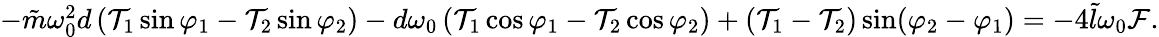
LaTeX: \begin{array}{r}{-\tilde{m}\omega_{0}^{2}d\left(\mathcal{T}_{1}\sin\varphi_{1}-\mathcal{T}_{2}\sin\varphi_{2}\right)-d\omega_{0}\left(\mathcal{T}_{1}\cos\varphi_{1}-\mathcal{T}_{2}\cos\varphi_{2}\right)+(\mathcal{T}_{1}-\mathcal{T}_{2})\sin(\varphi_{2}-\varphi_{1})=-4\tilde{l}\omega_{0}\mathcal{F}.}\end{array}